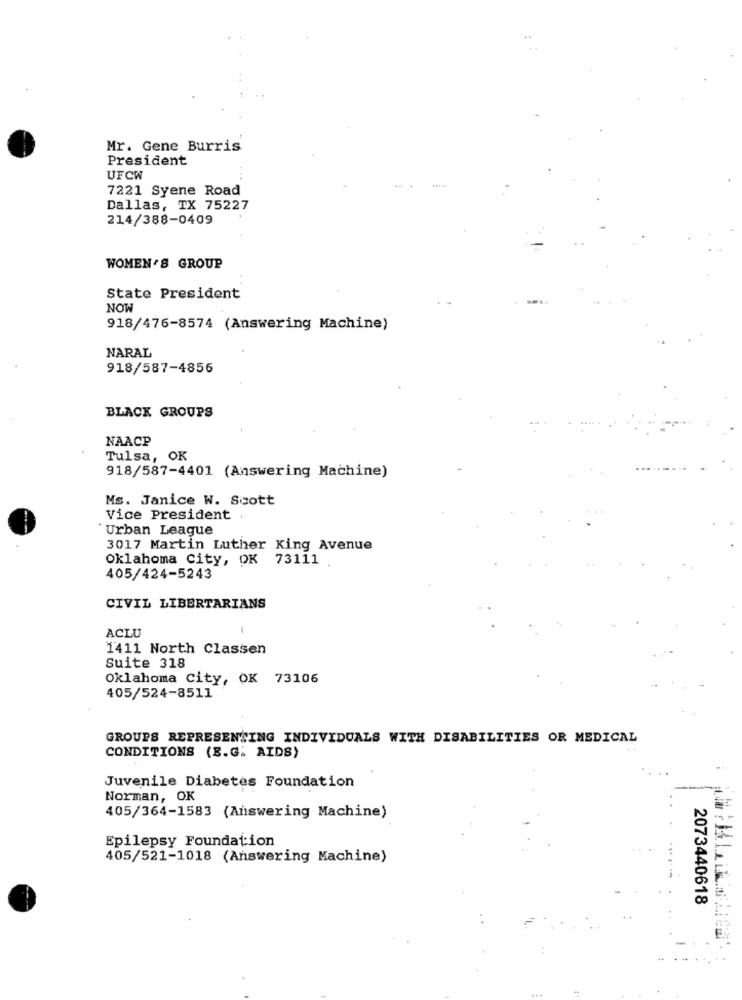
Mr. Gene Burris
President
UFCW
7221 Syene Road
Dallas, TX 75227
214/388-0409
WOMEN'S GROUP
State President
NOW
918/476-8574 (Answering Machine)
NARAL
918/587-4856
BLACK GROUPS
NAACP
Tulsa, OK
918/587-4401 (Answering Machine)
Ms. Janice W. Scott
Vice President
'Urban League
3017 Martin Luther King Avenue
Oklahoma City, OK 73111
405/424-5243
CIVIL LIBERTARIANS
ACLU
1411 North Classen
Suite 318
Oklahoma city, OK 73106
405/524-8511
GROUPS REPRESENTING INDIVIDUALS WITH DISABILITIES OR MEDICAL
CONDITIONS (E.G. AIDS)
Juvenile Diabetes Foundation
Norman, OK
405/364-1583 (Answering Machine)
Epilepsy Foundation
405/521-1018 (Answering Machine)
2073440618